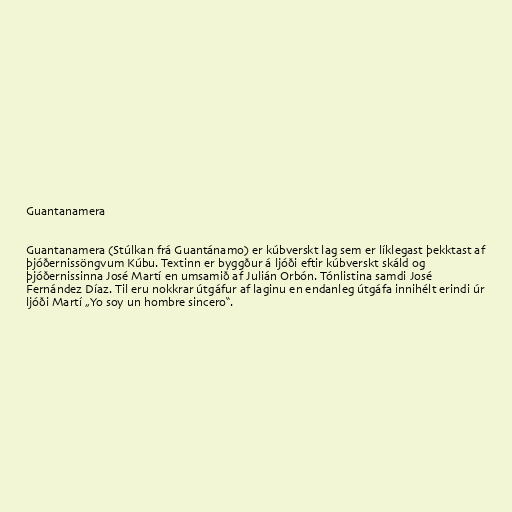
Guantanamera

Guantanamera (Stúlkan frá Guantánamo) er kúbverskt lag sem er líklegast þekktast af
þjóðernissöngvum Kúbu. Textinn er byggður á ljóði eftir kúbverskt skáld og
þjóðernissinna José Martí en umsamið af Julián Orbón. Tónlistina samdi José
Fernández Díaz. Til eru nokkrar útgáfur af laginu en endanleg útgáfa innihélt erindi úr
ljóði Martí „Yo soy un hombre sincero“.